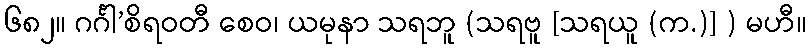
၆၈၂။ ဂင်္ဂါ’စိရဝတီ စေဝ၊ ယမုနာ သရဘူ (သရဗူ [သရယူ (က.)] ) မဟီ။